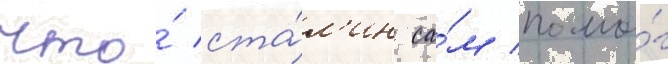
что́ ста́л'ин са́м помо́г